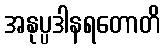
အနုပ္ပဒါနရတောတိ